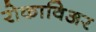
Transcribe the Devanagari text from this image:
रोकाविअर